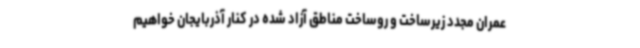
عمران مجدد زیرساخت و روساخت مناطق آزاد شده در کنار آذربایجان خواهیم